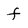
Character: f